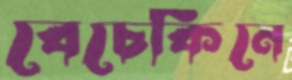
বেচেকিনে